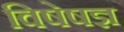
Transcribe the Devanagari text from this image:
विषेषज्ञ